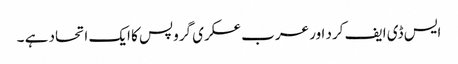
ایس ڈی ایف کرد اور عرب عسکری گروپس کا ایک اتحاد ہے ۔